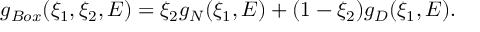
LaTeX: g _ { B o x } ( \xi _ { 1 } , \xi _ { 2 } , E ) = \xi _ { 2 } g _ { N } ( \xi _ { 1 } , E ) + ( 1 - \xi _ { 2 } ) g _ { D } ( \xi _ { 1 } , E ) .